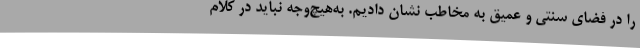
را در فضای سنتی و عمیق به مخاطب نشان دادیم. به‌هیچ‌وجه نباید در کلام